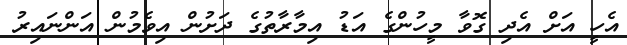
އެހީ އަށް އެދި ގޮވާ މީހުންގެ އަޑު އިމާރާތުގެ ދަށުން އިވެމުން އަންނައިރު